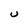
Character: U